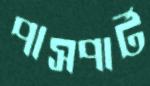
পাসপার্ট